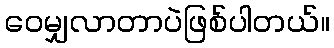
ဝေမျှလာတာပဲဖြစ်ပါတယ်။